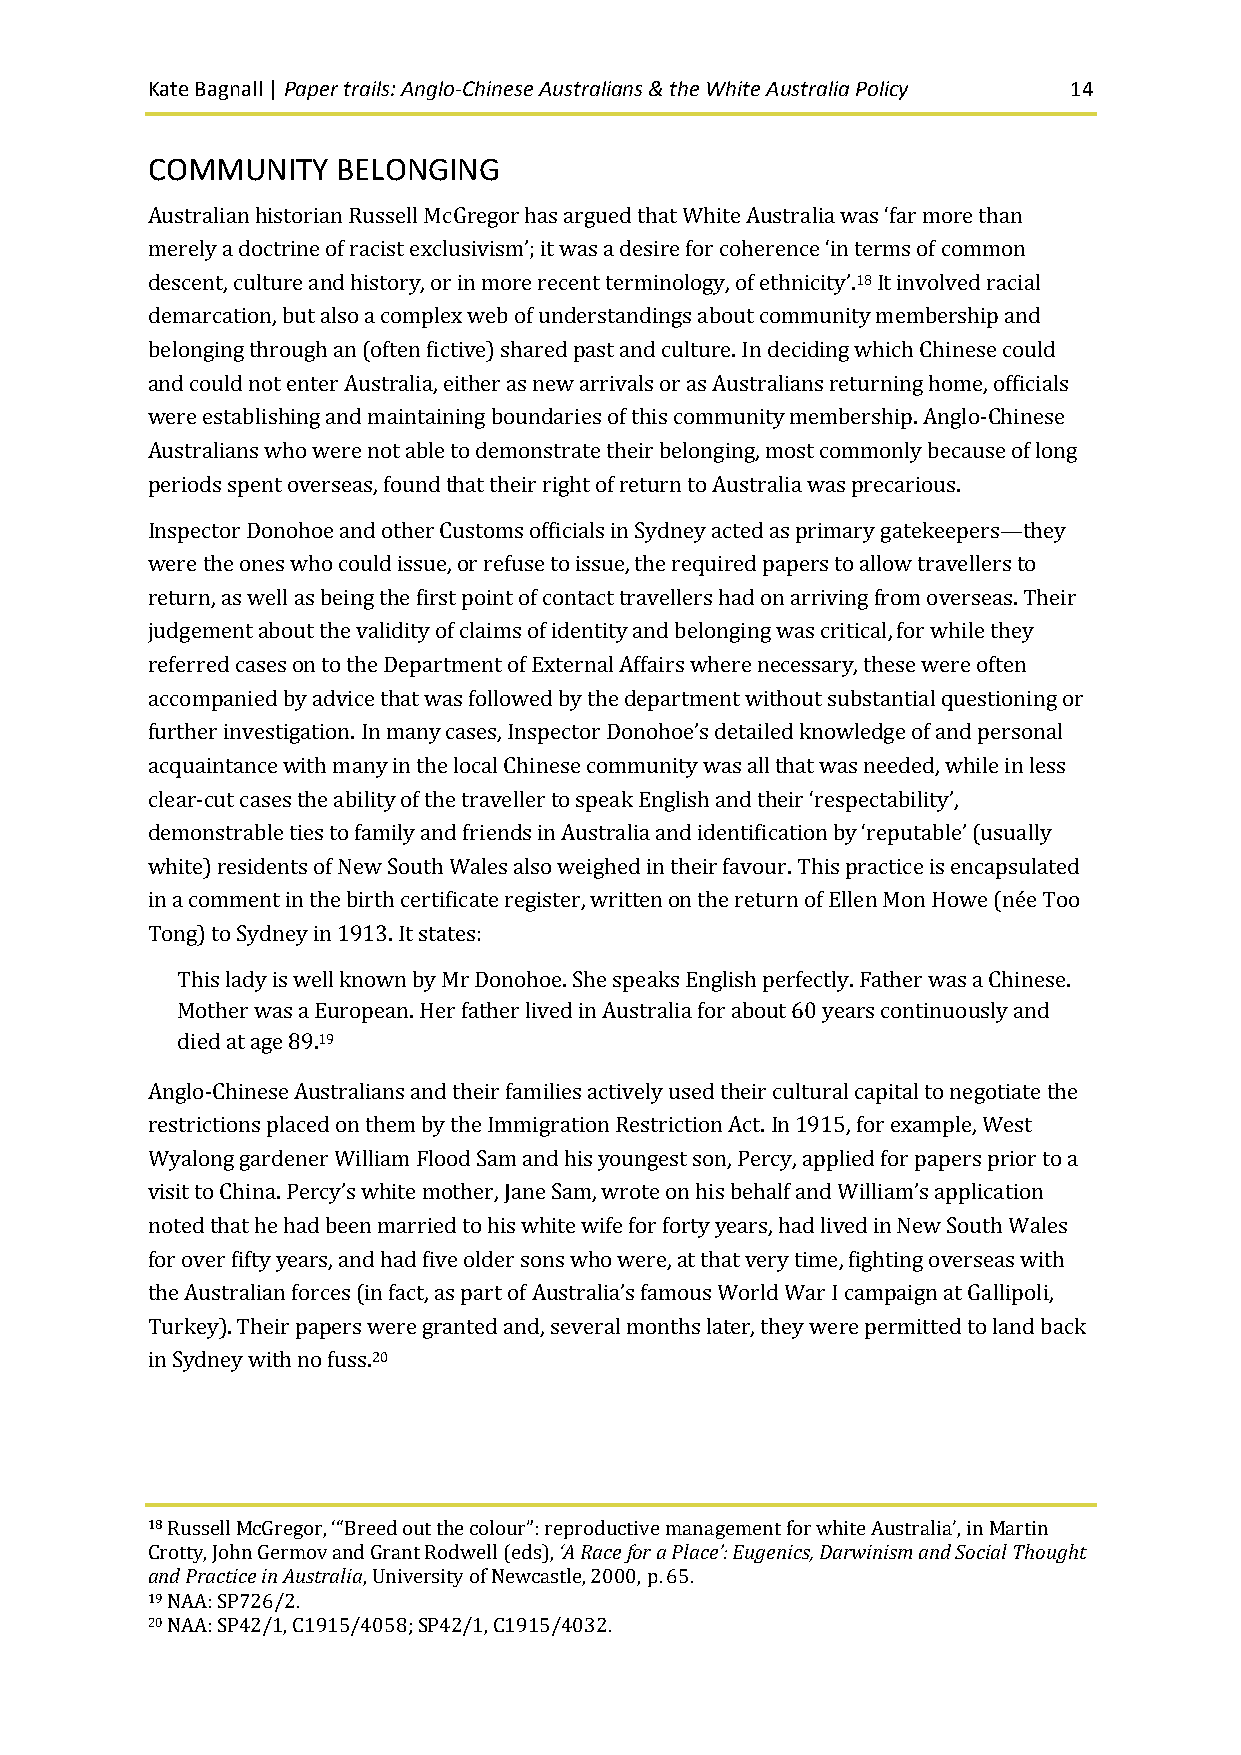
Kate Bagnall | Paper trails: Anglo-Chinese Australians & the White Australia Policy 14
 COMMUNITY   BELONGING
 Australian historian Russell McGregor has argued that White Australia was ‘far more than
 merely a doctrine of racist exclusivism’; it was a desire for coherence ‘in terms of common
 descent, culture and history, or in more recent terminology, of ethnicity’.18 It involved racial
 demarcation, but also a complex web of understandings about community membership and
 belonging through an (often fictive) shared past and culture. In deciding which Chinese could
 and could not enter Australia, either as new arrivals or as Australians returning home, officials
 were establishing and maintaining boundaries of this community membership. Anglo-Chinese
 Australians who were not able to demonstrate their belonging, most commonly because of long
 periods spent overseas, found that their right of return to Australia was precarious.
 Inspector Donohoe and other Customs officials in Sydney acted as primary gatekeepers—they
 were the ones who could issue, or refuse to issue, the required papers to allow travellers to
 return, as well as being the first point of contact travellers had on arriving from overseas. Their
 judgement about the validity of claims of identity and belonging was critical, for while they
 referred cases on to the Department of External Affairs where necessary, these were often
 accompanied by advice that was followed by the department without substantial questioning or
 further investigation. In many cases, Inspector Donohoe’s detailed knowledge of and personal
 acquaintance with many in the local Chinese community was all that was needed, while in less
 clear-cut cases the ability of the traveller to speak English and their ‘respectability’,
 demonstrable ties to family and friends in Australia and identification by ‘reputable’ (usually
 white) residents of New South Wales also weighed in their favour. This practice is encapsulated
 in a comment in the birth certificate register, written on the return of Ellen Mon Howe (née Too
 Tong) to Sydney in 1913. It states:
 This lady is well known by Mr Donohoe. She speaks English perfectly. Father was a Chinese.
 Mother was a European. Her father lived in Australia for about 60 years continuously and
 died at age 89.19
 Anglo-Chinese Australians and their families actively used their cultural capital to negotiate the
 restrictions placed on them by the Immigration Restriction Act. In 1915, for example, West
 Wyalong gardener William Flood Sam and his youngest son, Percy, applied for papers prior to a
 visit to China. Percy’s white mother, Jane Sam, wrote on his behalf and William’s application
 noted that he had been married to his white wife for forty years, had lived in New South Wales
 for over fifty years, and had five older sons who were, at that very time, fighting overseas with
 the Australian forces (in fact, as part of Australia’s famous World War I campaign at Gallipoli,
 Turkey). Their papers were granted and, several months later, they were permitted to land back
 in Sydney with no fuss.20
 18 Russell McGregor, ‘“Breed out the colour”: reproductive management for white Australia’, in Martin
 Crotty, John Germov and Grant Rodwell (eds), ‘A Race for a Place’: Eugenics, Darwinism and Social Thought
 and Practice in Australia, University of Newcastle, 2000, p. 65.
 19 NAA: SP726/2.
 20 NAA: SP42/1, C1915/4058; SP42/1, C1915/4032.